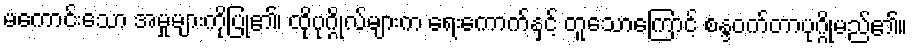
မကောင်းသော အမှုများကိုပြု၏၊ ထိုပုဂ္ဂိုလ်များက ရေးကောက်နှင့် တူသောကြောင့် စန္ဒဝက်တာပုဂ္ဂိုမည်၏။